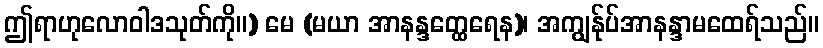
ဤရာဟုလောဝါဒသုတ်ကို။) မေ (မယာ အာနန္ဒတ္ထေရေန)၊ အကျွန်ုပ်အာနန္ဒာမထေရ်သည်။